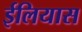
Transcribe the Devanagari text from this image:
ईलियास